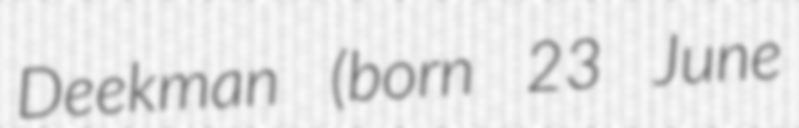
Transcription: Deekman (born 23 June